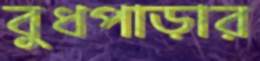
বুধপাড়ার